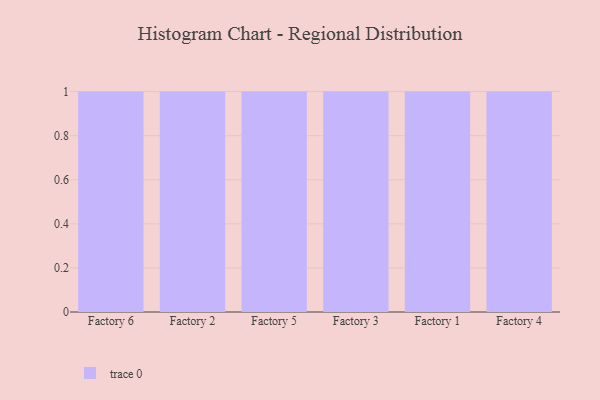
{"axis": {"x": "Factory", "y": "Customer Acquisition Cost (USD)"}, "legend": [""], "data": [{"x": "Factory 6", "y": 32, "type": ""}, {"x": "Factory 2", "y": 84, "type": ""}, {"x": "Factory 5", "y": 51, "type": ""}, {"x": "Factory 3", "y": 19, "type": ""}, {"x": "Factory 1", "y": 78, "type": ""}, {"x": "Factory 4", "y": 11, "type": ""}]}